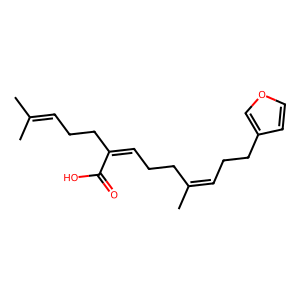
SMILES: CC(C)=CCCC(=CCCC(C)=CCCc1ccoc1)C(=O)O
Inhibits HIV replication: No